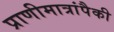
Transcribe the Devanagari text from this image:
प्राणीमात्रांपैकी